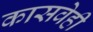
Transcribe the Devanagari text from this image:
कासवेही